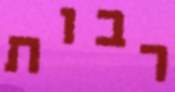
רבות